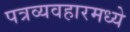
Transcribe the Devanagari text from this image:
पत्रव्यवहारमध्ये